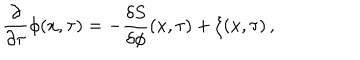
\frac { \partial } { \partial \tau } \phi ( x , \tau ) = - \frac { \delta S } { \delta \phi } ( x , \tau ) + \xi ( x , \tau ) \, ,